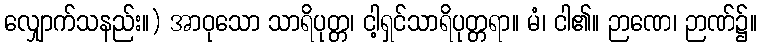
လျှောက်သနည်း။) အာဝုသော သာရိပုတ္တ၊ ငါ့ရှင်သာရိပုတ္တရာ။ မံ၊ ငါ၏။ ဉာဏေ၊ ဉာဏ်၌။